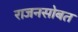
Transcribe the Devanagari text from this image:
राजनसोबत